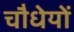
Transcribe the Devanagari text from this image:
चौधेयों